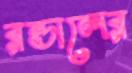
রন্ডালের